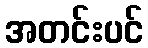
အတင်းပင်